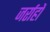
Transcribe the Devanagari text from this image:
जर्राहों